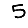
Digit: 5